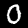
Label: 0